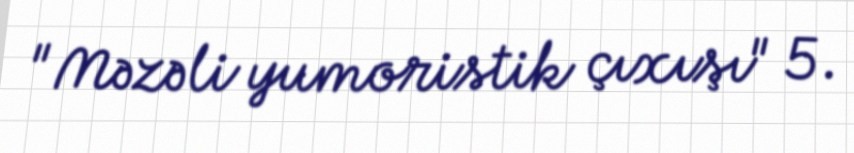
"Məzəli yumoristik çıxışı" 5.